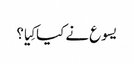
‏ یسوع نے کیا کِیا؟